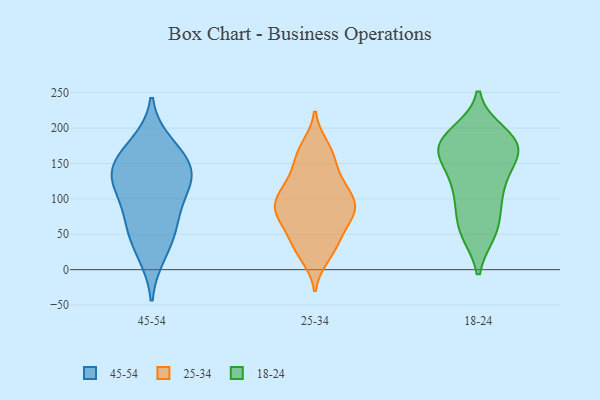
{"axis": {"x": "Revenue (USD Million)", "y": "Value"}, "legend": ["18-24", "25-34", "45-54"], "data": [{"x": "", "y": 92, "type": "45-54"}, {"x": "", "y": 145, "type": "45-54"}, {"x": "", "y": 129, "type": "45-54"}, {"x": "", "y": 23, "type": "45-54"}, {"x": "", "y": 160, "type": "45-54"}, {"x": "", "y": 64, "type": "45-54"}, {"x": "", "y": 176, "type": "45-54"}, {"x": "", "y": 54, "type": "45-54"}, {"x": "", "y": 123, "type": "45-54"}, {"x": "", "y": 132, "type": "45-54"}, {"x": "", "y": 41, "type": "25-34"}, {"x": "", "y": 157, "type": "25-34"}, {"x": "", "y": 96, "type": "25-34"}, {"x": "", "y": 130, "type": "25-34"}, {"x": "", "y": 174, "type": "25-34"}, {"x": "", "y": 117, "type": "25-34"}, {"x": "", "y": 47, "type": "25-34"}, {"x": "", "y": 19, "type": "25-34"}, {"x": "", "y": 77, "type": "25-34"}, {"x": "", "y": 29, "type": "25-34"}, {"x": "", "y": 74, "type": "25-34"}, {"x": "", "y": 96, "type": "25-34"}, {"x": "", "y": 83, "type": "25-34"}, {"x": "", "y": 78, "type": "25-34"}, {"x": "", "y": 95, "type": "25-34"}, {"x": "", "y": 120, "type": "25-34"}, {"x": "", "y": 163, "type": "25-34"}, {"x": "", "y": 105, "type": "18-24"}, {"x": "", "y": 52, "type": "18-24"}, {"x": "", "y": 179, "type": "18-24"}, {"x": "", "y": 155, "type": "18-24"}, {"x": "", "y": 178, "type": "18-24"}, {"x": "", "y": 178, "type": "18-24"}, {"x": "", "y": 169, "type": "18-24"}, {"x": "", "y": 121, "type": "18-24"}, {"x": "", "y": 187, "type": "18-24"}, {"x": "", "y": 181, "type": "18-24"}, {"x": "", "y": 193, "type": "18-24"}, {"x": "", "y": 112, "type": "18-24"}, {"x": "", "y": 170, "type": "18-24"}, {"x": "", "y": 72, "type": "18-24"}, {"x": "", "y": 152, "type": "18-24"}, {"x": "", "y": 53, "type": "18-24"}, {"x": "", "y": 139, "type": "18-24"}, {"x": "", "y": 93, "type": "18-24"}, {"x": "", "y": 52, "type": "18-24"}]}